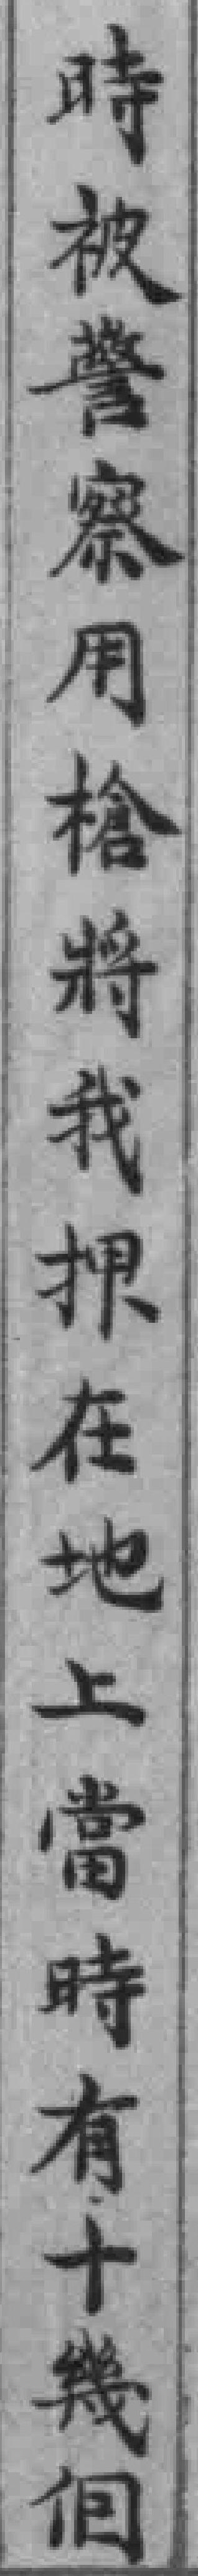
時被警察用槍将我押在地上當時有十幾個